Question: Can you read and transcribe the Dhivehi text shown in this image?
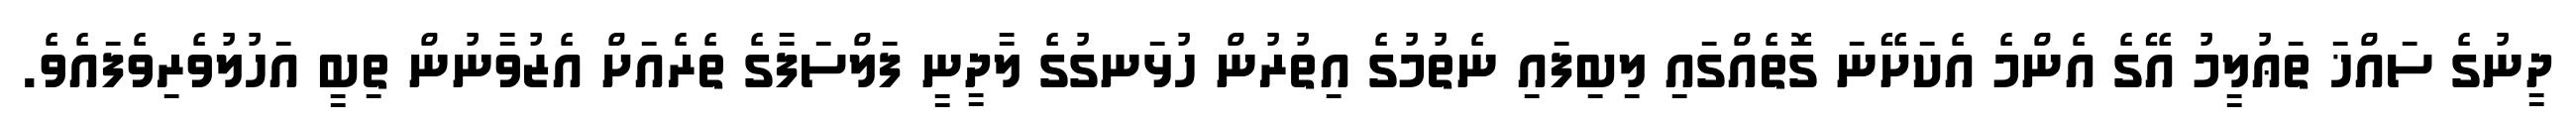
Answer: ދީނުގެ ސައްޚަ ތަޢުލީމު އޭގެ އެންމެ އެކަށޭނަ ގޮތެއްގައި ލިބިފައި ނެތުމުގެ އިތުރުން ހުޅަނގުގެ ލާދީނީ ފަލްސަފާގެ ތެރެއަށް އެޒުވާނުން ތިބީ އަހުލުވެރިވެފައެވެ.